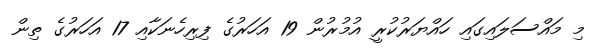
މި މައްސަލައިގައި ހައްޔަރުކުރީ އުމުރުން 19 އަހަރުގެ ފިރިހެނަކާއި 17 އަހަރުގެ ތިން